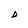
Character: D